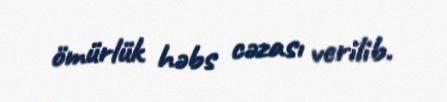
ömürlük həbs cəzası verilib.